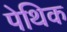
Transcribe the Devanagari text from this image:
पेथिक